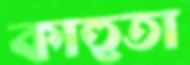
কাহুতা